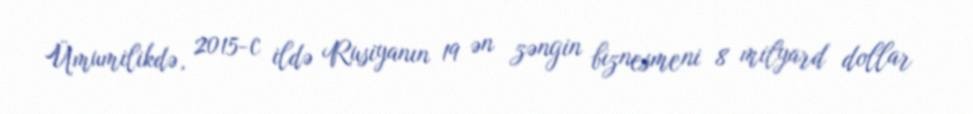
Ümumilikdə, 2015-c ildə Rusiyanın 19 ən zəngin biznesmeni 8 milyard dollar